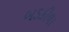
બડકીલા